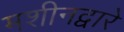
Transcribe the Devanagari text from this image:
मशीनद्वारे